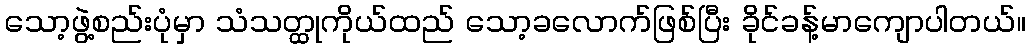
သော့ဖွဲ့စည်းပုံမှာ သံသတ္ထုကိုယ်ထည် သော့ခလောက်ဖြစ်ပြီး ခိုင်ခန့်မာကျောပါတယ်။